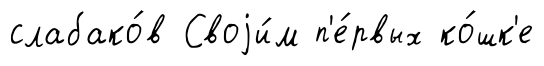
слабако́в Своjи́м п'е́рвых ко́шк'е